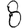
Digit: 8